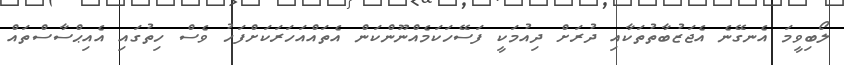
ލޯބިވީމަ އެނގޭނެ އެޖަޒުބާތުތަކާއި ދުރަށް ދިއުމަކީ ފަސޭހަކަމެއްނޫންކަން އެތައްއަހަރަކަށްފަހު ވެސް ހިތުގައި އެއިޙްސާސްތައް